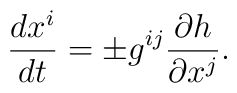
{dx^{i} \over dt}=\pm g^{ij}{\partial h \over \partial x^{j}}.